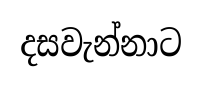
දසවැන්නාට